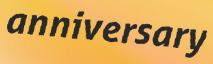
anniversary